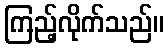
ကြည့်လိုက်သည်။